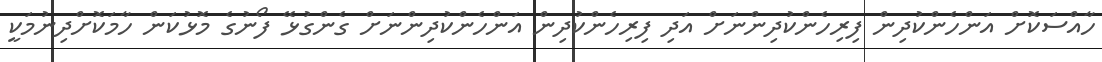
ހާއްސަކޮށް އަންހެންކުދިން ފިރިހެންކުދިންނަށް އަދި ފިރިހެންކުދިން އަންހެންކުދިންނަށް ގެންގުޅޭ ފޯނުގެ މޮޅުކަން ހާމަކޮށްދިނުމަކީ